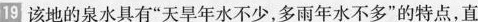
19该地的泉水具有”天旱年水不少，多雨年水不多”的特点，直